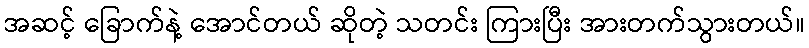
အဆင့် ခြောက်နဲ့ အောင်တယ် ဆိုတဲ့ သတင်း ကြားပြီး အားတက်သွားတယ်။